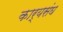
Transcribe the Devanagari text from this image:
कार्यसंघ